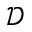
\mathcal { D }